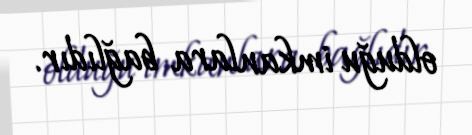
olduğu imkanlara bağlıdır.